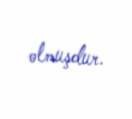
olmuşdur.